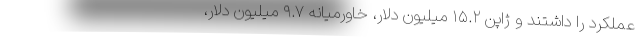
عملکرد را داشتند و ژاپن ۱۵.۲ میلیون دلار، خاورمیانه ۹.۷ میلیون دلار،